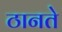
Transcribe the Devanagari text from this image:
ठानते